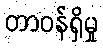
တာဝန်ရှိမှု